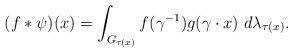
LaTeX: \begin{align*}(f*\psi)(x) = \int_{G_{\tau(x)}} f( \gamma^{-1}) g (\gamma \cdot x) \ d\lambda_{\tau(x)}.\end{align*}